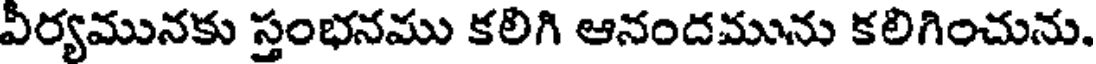
వీర్యమునకు స్తంభనము కలిగి ఆనందమును కలిగించును.